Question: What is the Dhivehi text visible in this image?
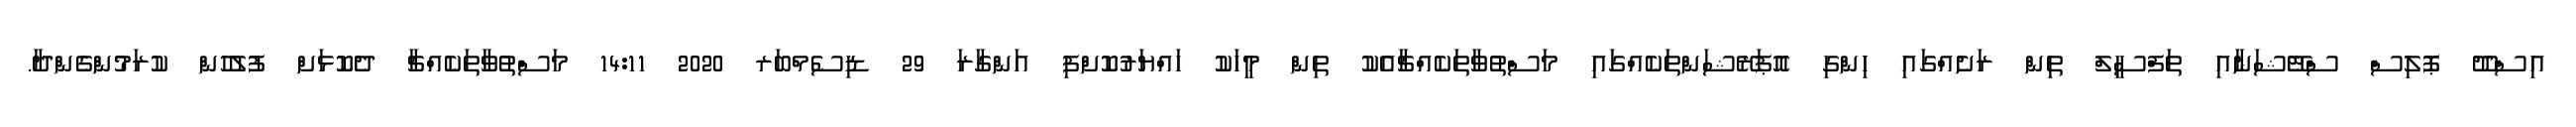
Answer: އިސްދޫ ޕޮލިސް ސްޓޭޝަނާއި ތަފްސީލް ތިން ރަށެއްގައި ހިންގި އޮޕަރޭޝަންތަކެއްގައި މަސްތުވާތަކެއްޗާއެކު ތިން މީހަކު ހައްޔަރުކޮށްފި އަންގާރަ 29 ޑިސެމްބަރ 2020 14:11 މަސްތުވާތަކެއްޗާ ދެކޮޅަށް ފުލުހުން ކުރަމުންގެންދާ.